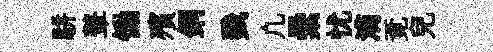
駢鼙慟殯銅戮凢纍忧滴覔兒